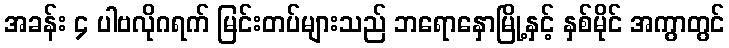
အခန်း ၄ ပါဗလိုဂရက် မြင်းတပ်များသည် ဘရောနှောမြို့နှင့် နှစ်မိုင် အကွာတွင်